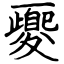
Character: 夒